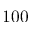
1 0 0